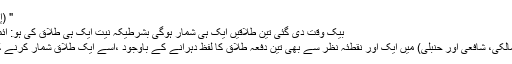
" (إغاثۃ اللھفان :1/289)
بیک وقت دی گئی تین طلاقیں ایک ہی شمار ہوگی بشرطیکہ نیت ایک ہی طلاق کی ہو: ائمہ اربعہ کا متفقہ موقف
چاروں فقہوں (حنفی ، مالکی، شافعی اور حنبلی) میں ایک اور نقطئہ نظر سے بھی تین دفعہ طلاق کا لفظ دہرانے کے باوجود ،اسے ایک طلاق شمار کرنے کی گنجائش موجود ہے۔